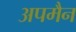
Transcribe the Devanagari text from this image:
अपमैन